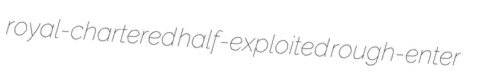
royal-chartered half-exploited rough-enter